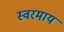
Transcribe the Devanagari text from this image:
स्वरमाय